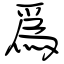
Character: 爲